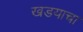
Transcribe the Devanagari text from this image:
खडयाचा